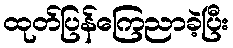
ထုတ်ပြန်ကြေညာခဲ့ပြီး